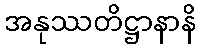
အနုဿတိဋ္ဌာနာနိ